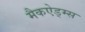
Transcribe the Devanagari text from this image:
मैकऐड्म्स